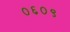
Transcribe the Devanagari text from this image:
०६०९